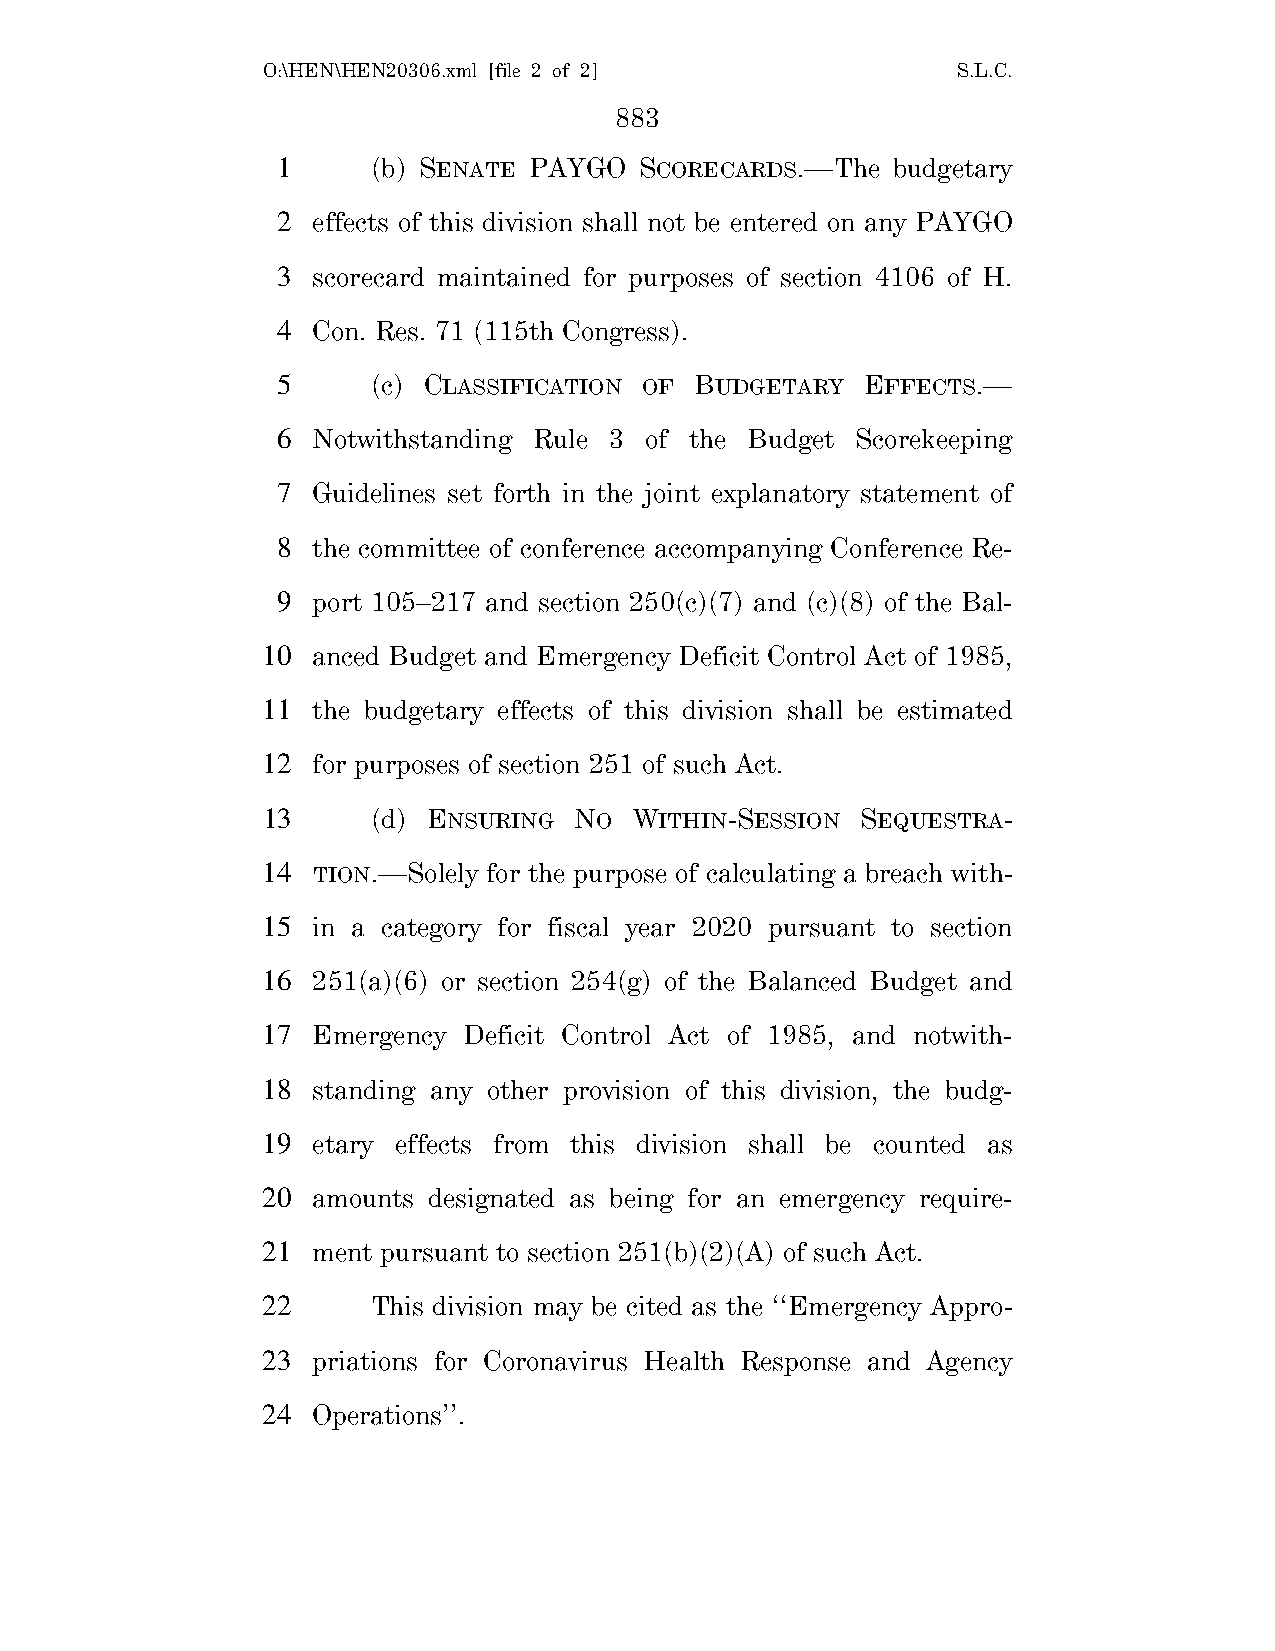
O:\HEN\HEN20306.xml [file 2 of 2]             S.L.C.
 883
 1      (b) SENATE PAYGO SCORECARDS.—The  budgetary
 2  effects of this division shall not be entered on any PAYGO
 3  scorecard maintained for purposes of section 4106 of H.
 4  Con. Res. 71 (115th Congress).
 5      (c) CLASSIFICATION OF BUDGETARY EFFECTS.—
 6  Notwithstanding Rule 3 of the Budget Scorekeeping
 7  Guidelines set forth in the joint explanatory statement of
 8  the committee of conference accompanying Conference Re-
 9  port 105–217 and section 250(c)(7) and (c)(8) of the Bal-
 10  anced Budget and Emergency Deficit Control Act of 1985,
 11  the budgetary effects of this division shall be estimated
 12  for purposes of section 251 of such Act.
 13      (d) ENSURING NO  WITHIN-SESSION SEQUESTRA-
 14  TION.—Solely for the purpose of calculating a breach with-
 15  in a category for fiscal year 2020 pursuant to section
 16  251(a)(6) or section 254(g) of the Balanced Budget and
 17  Emergency Deficit Control Act of 1985, and notwith-
 18  standing any other provision of this division, the budg-
 19  etary effects from this division shall be counted as
 20  amounts designated as being for an emergency require-
 21  ment pursuant to section 251(b)(2)(A) of such Act.
 22      This division may be cited as the ‘‘Emergency Appro-
 23  priations for Coronavirus Health Response and Agency
 24  Operations’’.